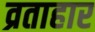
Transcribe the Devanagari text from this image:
व्रताहार